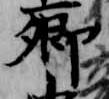
卿